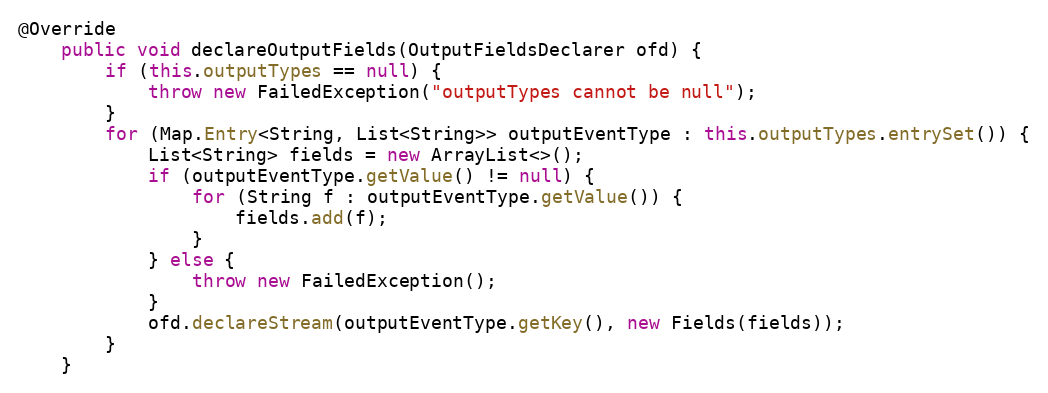
Language: Java
@Override
    public void declareOutputFields(OutputFieldsDeclarer ofd) {
        if (this.outputTypes == null) {
            throw new FailedException("outputTypes cannot be null");
        }
        for (Map.Entry<String, List<String>> outputEventType : this.outputTypes.entrySet()) {
            List<String> fields = new ArrayList<>();
            if (outputEventType.getValue() != null) {
                for (String f : outputEventType.getValue()) {
                    fields.add(f);
                }
            } else {
                throw new FailedException();
            }
            ofd.declareStream(outputEventType.getKey(), new Fields(fields));
        }
    }